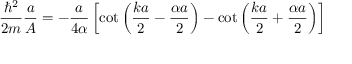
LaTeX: { \frac { \hbar ^ { 2 } } { 2 m } } { \frac { a } { A } } = - { \frac { a } { 4 \alpha } } \left[ \cot \left( { \frac { k a } { 2 } } - { \frac { \alpha a } { 2 } } \right) - \cot \left( { \frac { k a } { 2 } } + { \frac { \alpha a } { 2 } } \right) \right]